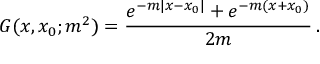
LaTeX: G ( x , x _ { 0 } ; m ^ { 2 } ) = \frac { e ^ { - m | x - x _ { 0 } | } + e ^ { - m ( x + x _ { 0 } ) } } { 2 m } \, .